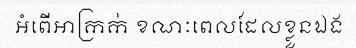
អំពើអាក្រក់ ខណៈពេលដែលខ្លួនឯង